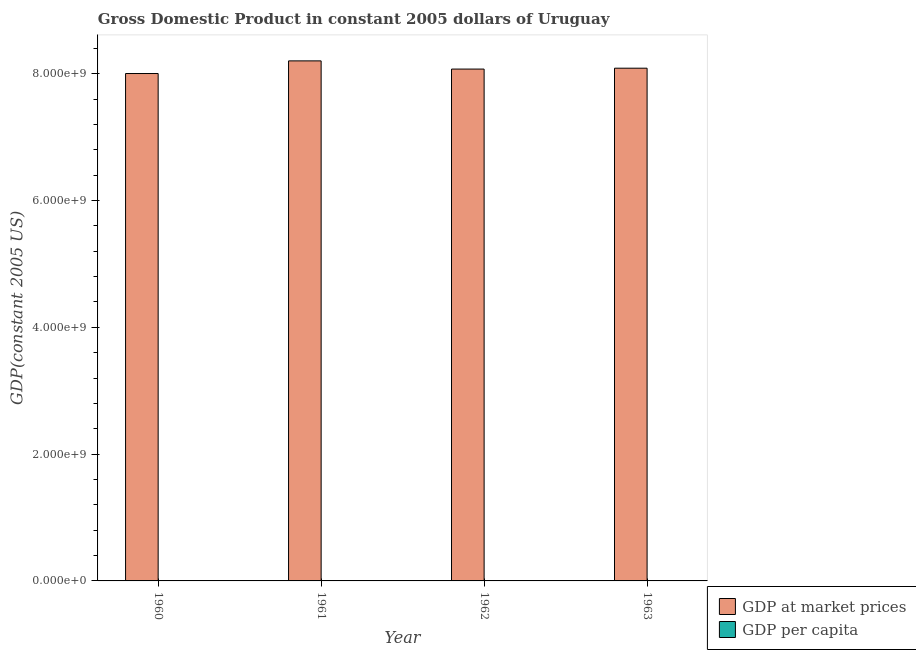
| Year | GDP at market prices | GDP per capita |
 | --- | --- | --- |
 | 1960 | 8e+09 | 3.15e+03 |
 | 1961 | 8.2e+09 | 3.19e+03 |
 | 1962 | 8.07e+09 | 3.1e+03 |
 | 1963 | 8.09e+09 | 3.07e+03 |